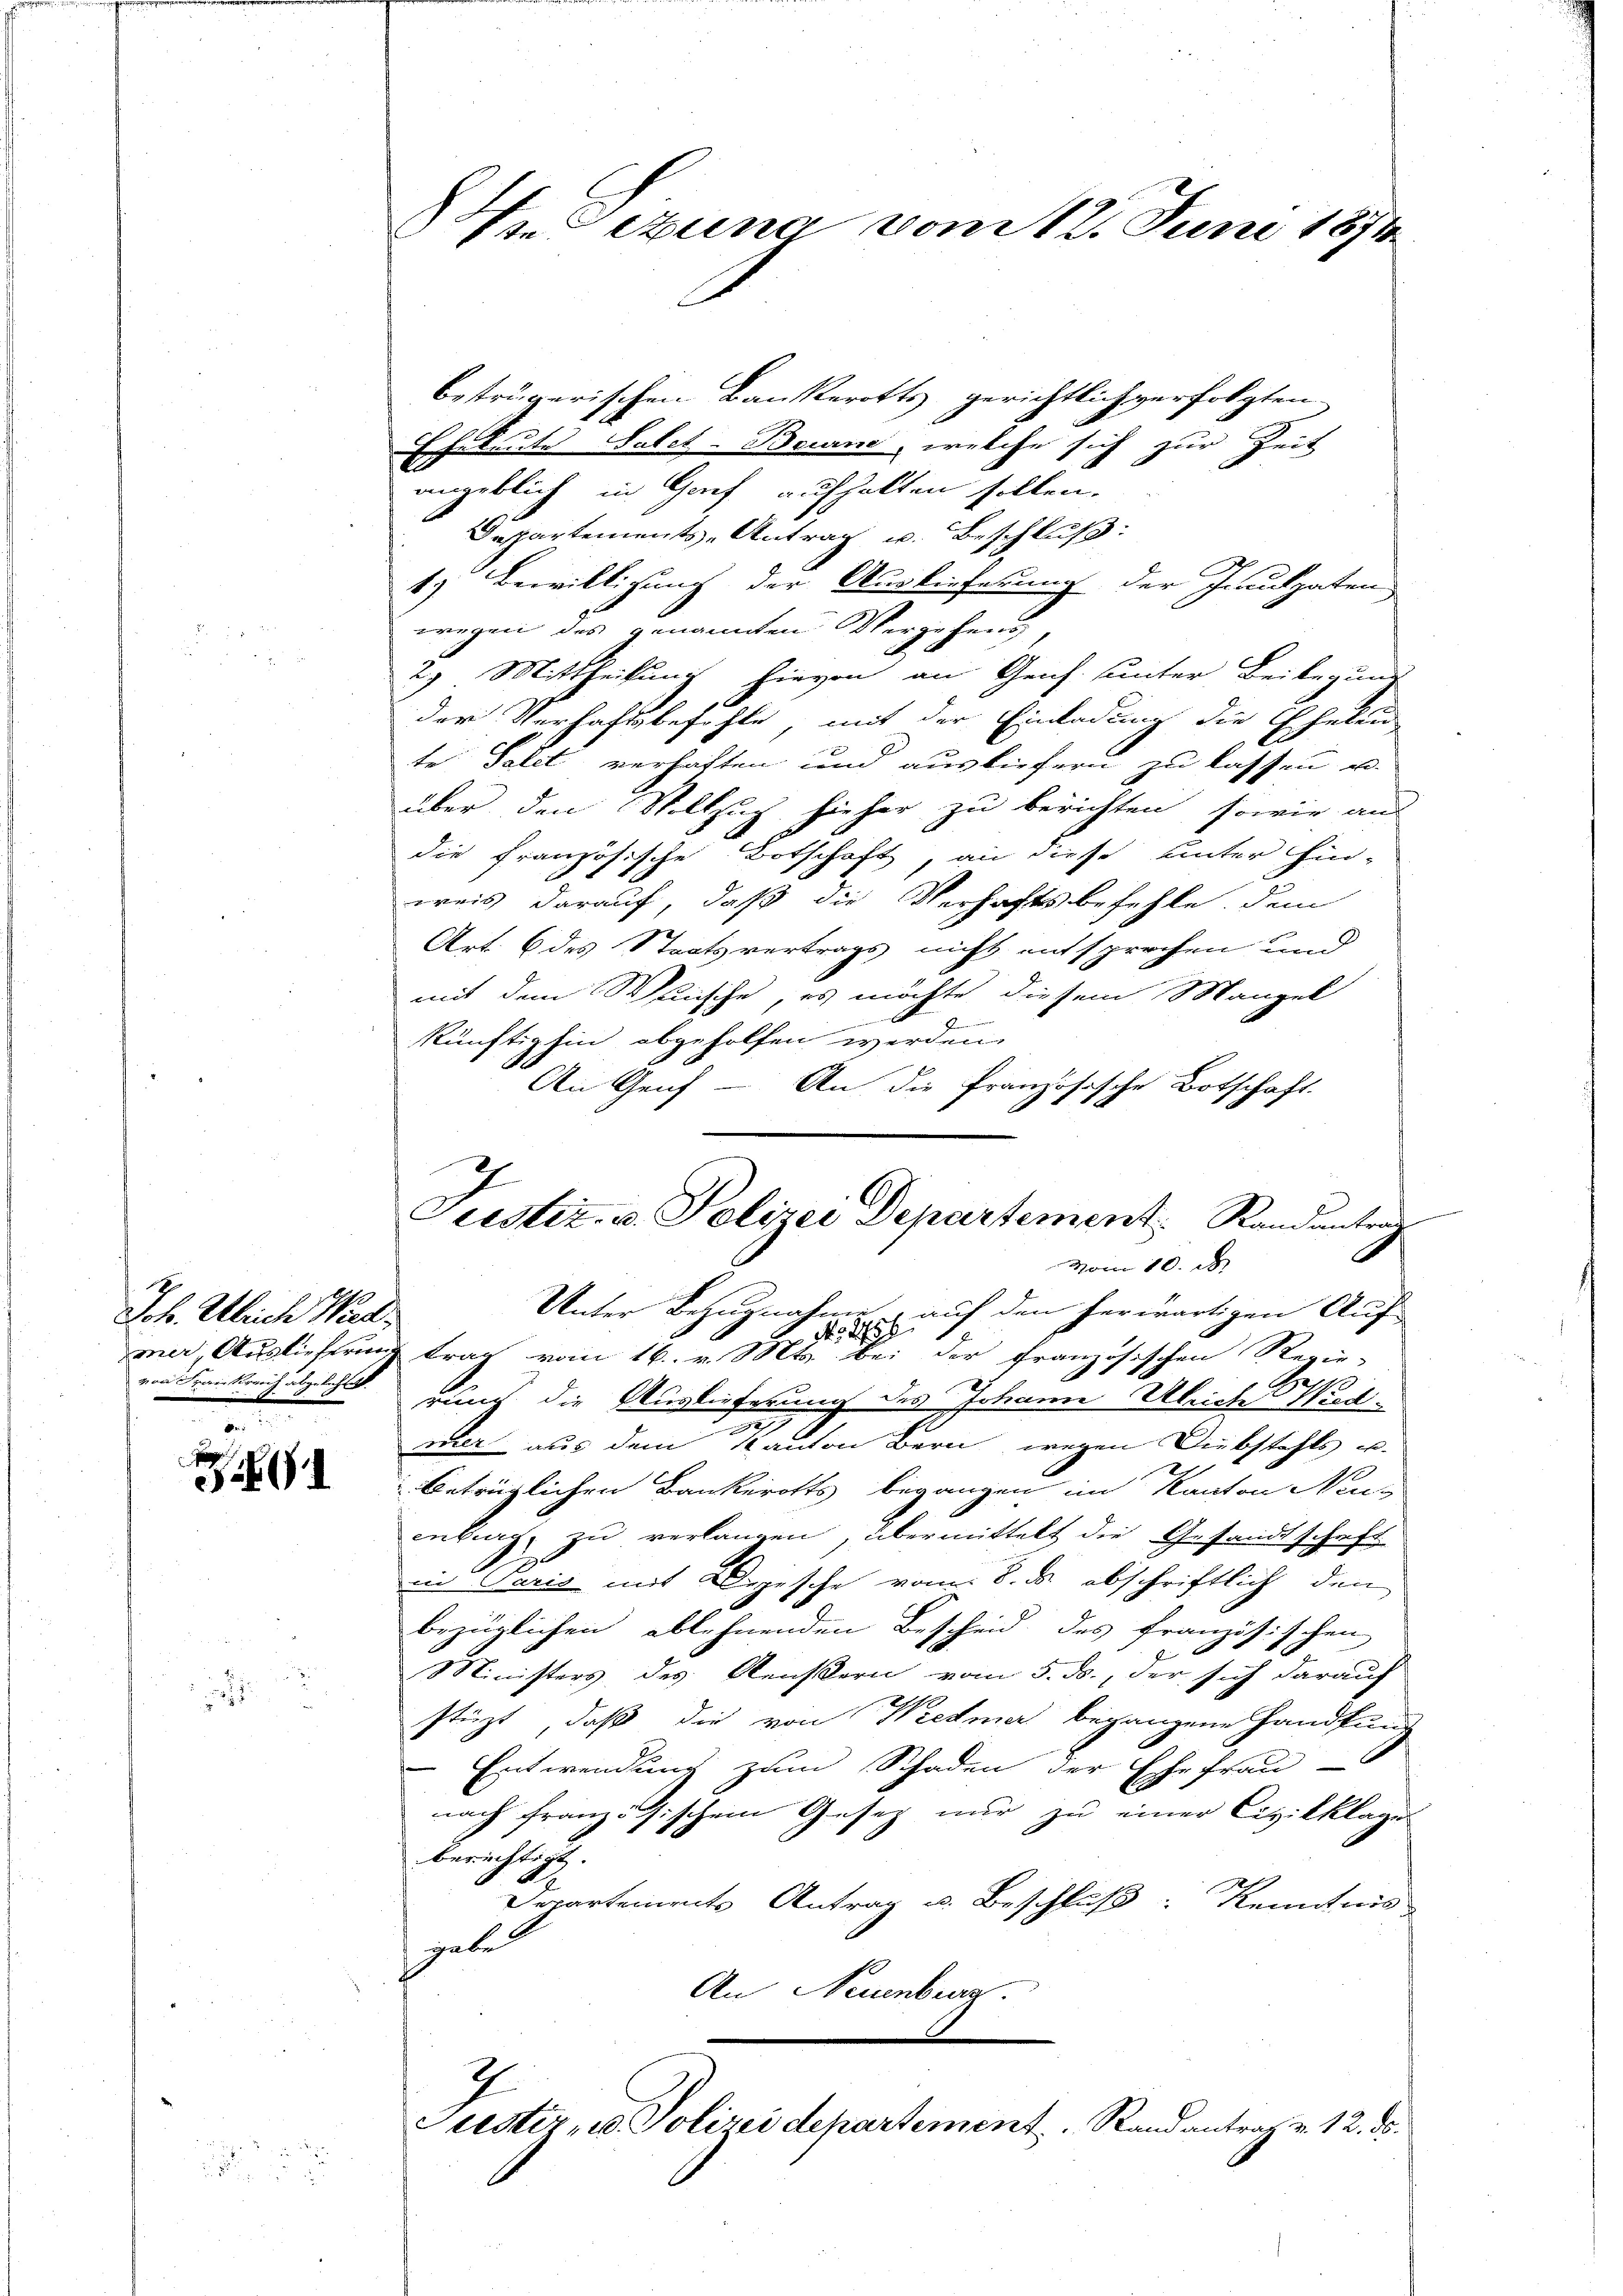
7
Joh. Ulrich Wiedvon Frankranz abgekehle

1

i

83 Sezuna vom 12. Juni 1874

betrügerischen Bankerotts gerichtlich verfolgten
Eheleute Salet-Beine, welche sich zur Zeit
angeblich in Graf aufhalten sollen.
Gespartements-Antrag u. Beschluß:
1.) Bewilligung der Auslieferung der Inculpaten
wegen des genannten Vergehung,
2) Mittheilung hievon an Genf unter Beibegung
der Verhaftsbefehle, mit der Einladung die Eheleu
te Talet verhaften und ausliefern zu lassen u.
über den Vollzug hieher zu berichten, sowie aus
die französische Botschaft, an diese unter hin-
weis darauf, daß die Verhaftsbefehle, dem
Art. 6 des Staatsvertrags nicht entsprechen und
mit dem Wunsche, es möchte diesem Mangel
künftighin abgeholfen werden.
An Genf - An die französische Botschaft.
Unter Bezugnahme, auf den herwärtigen Auf-
.
t
mer, Auslieferung trag vom 16. v. Mts. bei der französischen Regie-

rung die Auslieferung des Johann Ulriche Wied¬
.
riler aus dem Kanton Bern wegen Diebstahls u.
beträglichen Bankerotts begangen im Kanton Neu-
enburg zu verlangen, übermittelt die Gesandtschrift
in Paris mit Depesche vom 8. ds. abschriftlich den
bezüglichen ablehnenden Bescheid des französischen
Ministers des Aeußern vom 5. ds., der sich darauf
stüzt, daß die von Wiedmer begangene Handkund
Entwendung zum Schaden der Ehefrau-
nach französischem Gesetz nur zu einer Civilklage
berichtigt. |
Departements Antrag u. Beschluß: Kenntnis
gabe
An Neuenburg.
2
Justiz, u. Polizei departement. Rand antrag v. 12. ds.

7
Justiz- u. Polizei Departement Randantrag
Vom 10. d